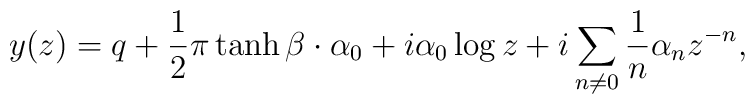
y(z) = q + \frac{1}{2}\pi \tanh \beta \cdot \alpha _0 + i\alpha _0\log z  + i\sum _{n\neq 0}\frac{1}{n}\alpha _nz^{-n},